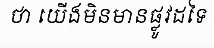
ថា យើងមិនមានផ្លូវដទៃ